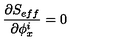
\frac { \partial S _ { e f f } } { \partial \phi _ { x } ^ { i } } = 0